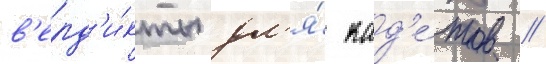
в'ерд'и́кты дл'я́ кад'е́тов //